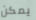
يمكن